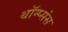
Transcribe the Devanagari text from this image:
थॉम्प्संस